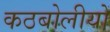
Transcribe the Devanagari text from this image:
कठबोलीयों